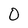
Character: 0